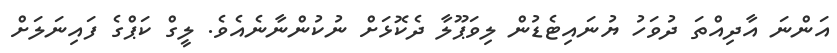
އަންނަ އާދިއްތަ ދުވަހު ޔުނައިޓެޑުން ލިވަޕޫލާ ދެކޮޅަށް ނުކުންނާނެއެވެ. ލީގް ކަޕްގެ ފައިނަލަށް